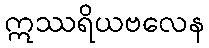
ဣဿရိယဗလေန